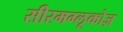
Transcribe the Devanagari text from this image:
सीरमग्लूकोज़